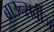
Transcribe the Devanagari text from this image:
ब्राउन्सवीज